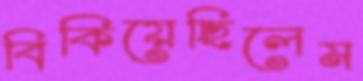
বিকিয়েছিলেম